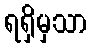
ရရှိမှသာ